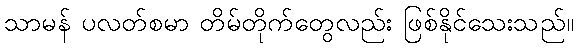
သာမန် ပလတ်စမာ တိမ်တိုက်တွေလည်း ဖြစ်နိုင်သေးသည်။